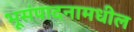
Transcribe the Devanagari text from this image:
भूसंपादनामधील